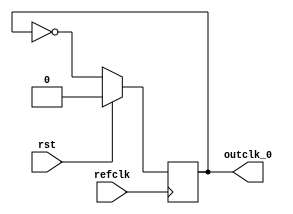
module clkDivider(
        input refclk,
        input rst,
        output reg outclk_0);

always @ (posedge refclk) begin 
        if(rst) outclk_0 <= 0; 
        else begin 
        outclk_0 = ~(outclk_0);
            end 
        end 
endmodule